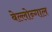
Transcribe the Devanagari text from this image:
बेल्लोन्गाल